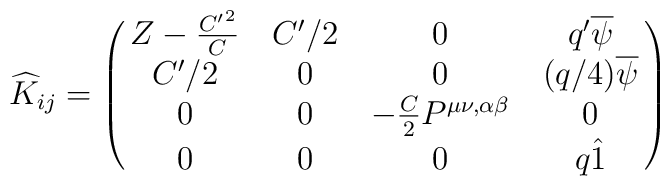
\widehat{K}_{ij}=\pmatrix{Z-{{C'}^2\over C} & C'/2 & 0 &q'\overline{\psi}\cr                      C'/2 & 0 & 0 & (q/4)\overline{\psi}\cr                      0 & 0 & -{C\over2}P^{\mu\nu,\alpha\beta}&0\cr                      0 & 0 & 0 & q\hat1 \cr}